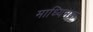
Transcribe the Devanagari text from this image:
माध्यिमक